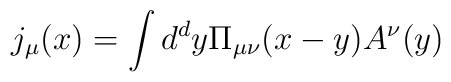
j_\mu(x)=\int d^dy\Pi_{\mu\nu}(x-y)A^\nu(y)